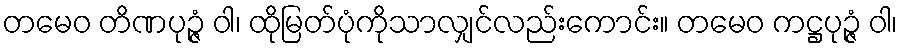
တမေဝ တိဏပုဉ္ဇံ ဝါ၊ ထိုမြတ်ပုံကိုသာလျှင်လည်းကောင်း။ တမေဝ ကဋ္ဌပုဉ္ဇံ ဝါ၊